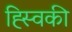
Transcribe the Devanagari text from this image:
ह्स्विकी